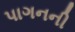
પાગનની